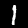
Digit: 1